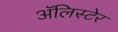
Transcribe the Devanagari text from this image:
अॅलिस्टेर